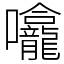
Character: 㘛